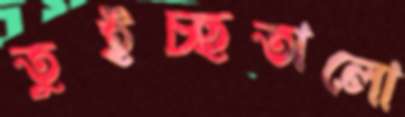
তুইচ্ছতালো